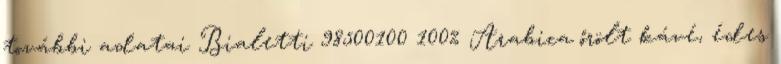
további adatai Bialetti 98500100 100% Arabica őrölt kávé, édes